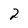
Character: 2